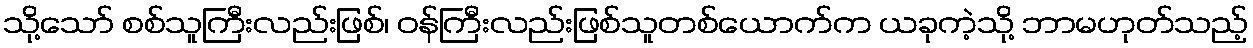
သို့သော် စစ်သူကြီးလည်းဖြစ်၊ ဝန်ကြီးလည်းဖြစ်သူတစ်ယောက်က ယခုကဲ့သို့ ဘာမဟုတ်သည့်